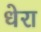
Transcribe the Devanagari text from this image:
धेरा